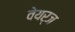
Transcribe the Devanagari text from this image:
वेयर्ज